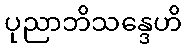
ပုညာဘိသန္ဒေဟိ